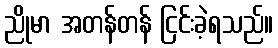
ညိုမာ အတန်တန် ငြင်းခဲ့ရသည်။